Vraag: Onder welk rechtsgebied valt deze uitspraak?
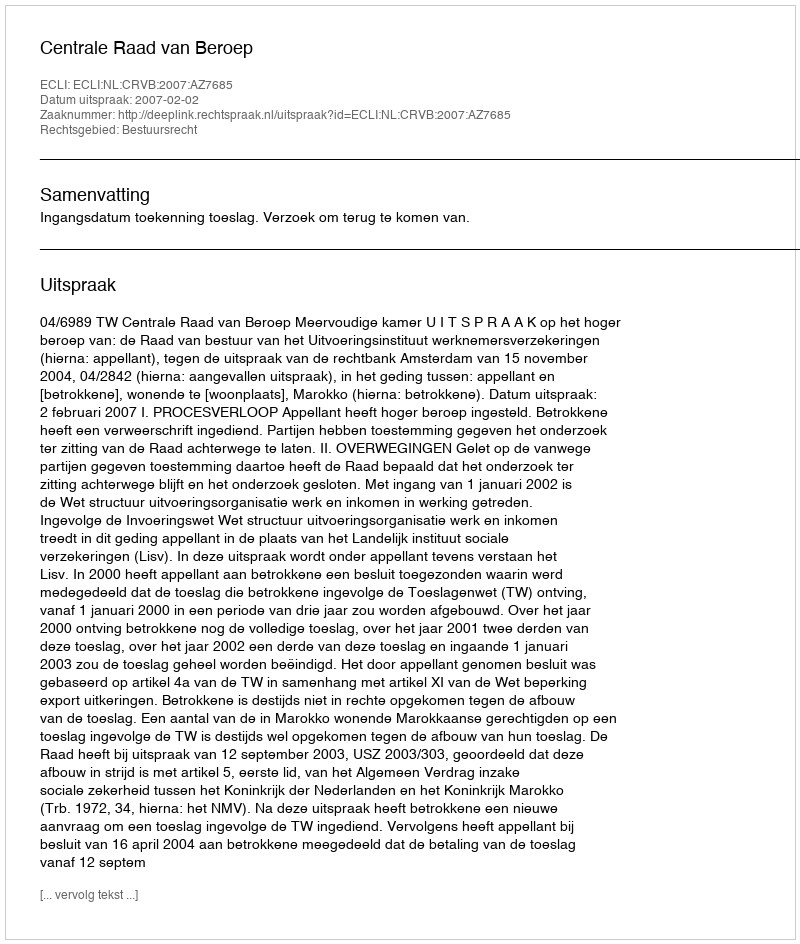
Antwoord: Bestuursrecht